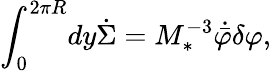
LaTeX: \int_{0}^{2\pi R}\! dy\dot{\Sigma}=M_{*}^{-3}\dot{\bar{\varphi}}\delta\varphi,